Civil Veterinary Department. Madras. Admin. report 1926-33 - 1926-1933
Year: 1926
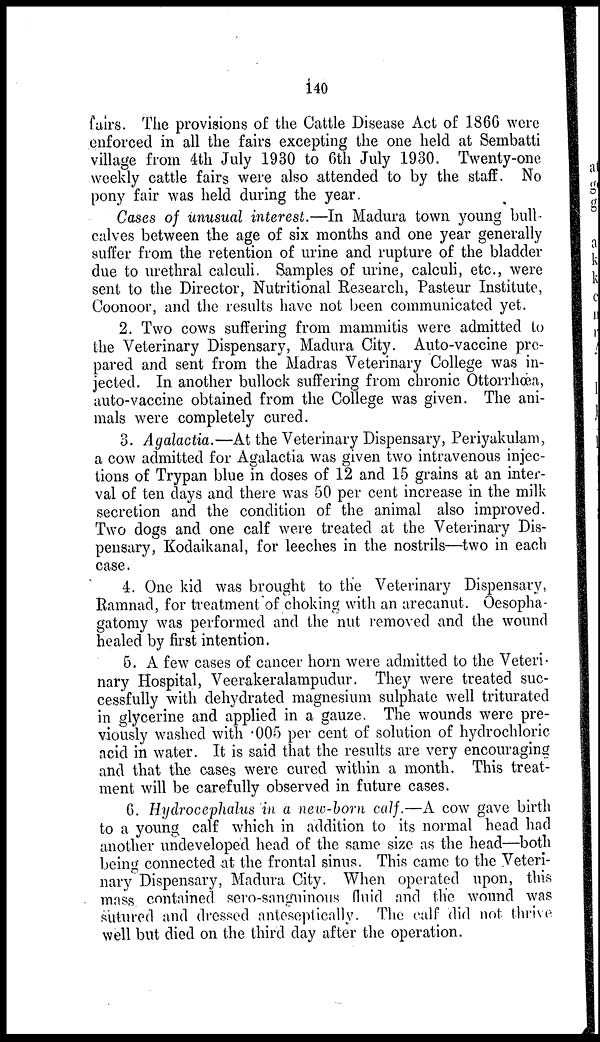
140
fairs. The provisions of the Cattle Disease Act of 1866 were
enforced in all the fairs excepting the one held at Sembatti
village from 4th July 1930 to 6th July 1930. Twenty-one
weekly cattle fairs were also attended to by the staff. No
pony fair was held during the year.
Cases of unusual interest.—In Madura town young bull-
calves between the age of six months and one year generally
suffer from the retention of urine and rupture of the bladder
due to urethral calculi. Samples of urine, calculi, etc., were
sent to the Director, Nutritional Research, Pasteur Institute,
Coonoor, and the results have not been communicated yet.
2. Two cows suffering from mammitis were admitted to
the Veterinary Dispensary, Madura City. Auto-vaccine pre-
pared and sent from the Madras Veterinary College was in-
jected. In another bullock suffering from chronic Ottorrhœa,
auto-vaccine obtained from the College was given. The ani-
mals were completely cured.
3. Agalactia.—At the Veterinary Dispensary, Periyakulam,
a cow admitted for Agalactia was given two intravenous injec-
tions of Trypan blue in doses of 12 and 15 grains at an inter-
val of ten days and there was 50 per cent increase in the milk
secretion and the condition of the animal also improved.
Two dogs and one calf were treated at the Veterinary Dis-
pensary, Kodaikanal, for leeches in the nostrils—two in each
case.
4. One kid was brought to the Veterinary Dispensary,
Ramnad, for treatment of choking with an arecanut. Oesopha-
gatomy was performed and the nut removed and the wound
healed by first intention.
5. A few cases of cancer horn were admitted to the Veteri-
nary Hospital, Veerakeralampudur. They were treated suc-
cessfully with dehydrated magnesium sulphate well triturated
in glycerine and applied in a gauze. The wounds were pre-
viously washed with .005 per cent of solution of hydrochloric
acid in water. It is said that the results are very encouraging
and that the cases were cured within a month. This treat-
ment will be carefully observed in future cases.
6. Hydrocephalus in a new-born calf.—A cow gave birth
to a young calf which in addition to its normal head had
another undeveloped head of the same size as the head—both
being connected at the frontal sinus. This came to the Veteri-
nary Dispensary, Madura City. When operated upon, this
mass contained sero-sanguinous fluid and the wound was
sutured and dressed anteseptically. The calf did not thrive
well but died on the third day after the operation.